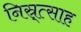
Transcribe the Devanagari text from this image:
निस्र्त्साह